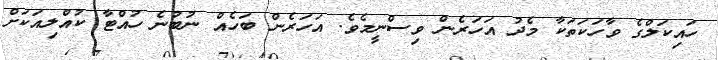
ހައިކަލްގެ ވާހަކަތަކާ މެދު އަހަރެން ވިސްނީމެވެ. އަހަރެން ބަހެއް ނުބުނެ ހުއްޓާ ކުއްލިއަކަށް